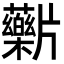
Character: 𬌖